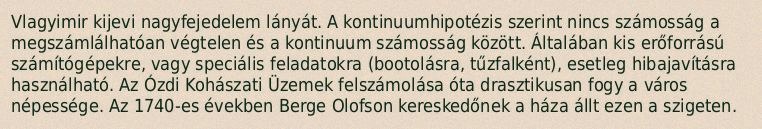
Vlagyimir kijevi nagyfejedelem lányát. A kontinuumhipotézis szerint nincs számosság a megszámlálhatóan végtelen és a kontinuum számosság között. Általában kis erőforrású számítógépekre, vagy speciális feladatokra (bootolásra, tűzfalként), esetleg hibajavításra használható. Az Ózdi Kohászati Üzemek felszámolása óta drasztikusan fogy a város népessége. Az 1740-es években Berge Olofson kereskedőnek a háza állt ezen a szigeten.